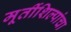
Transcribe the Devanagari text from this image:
मूर्तीशिल्पांचा